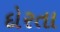
દોરતા